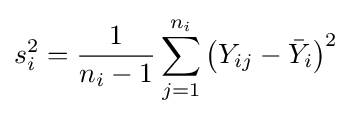
s_{i}^{2}={\frac {1}{n_{i}-1}}\sum _{j=1}^{n_{i}}\left(Y_{ij}-{\bar {Y}}_{i}\right)^{2}